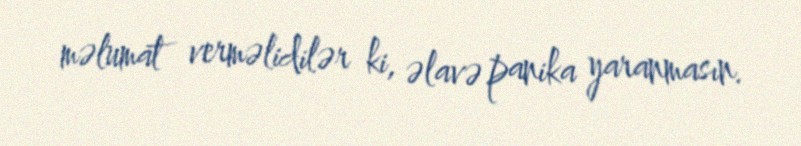
məlumat verməlidilər ki, əlavə panika yaranmasın.